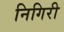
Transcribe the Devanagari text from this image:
निगिरी